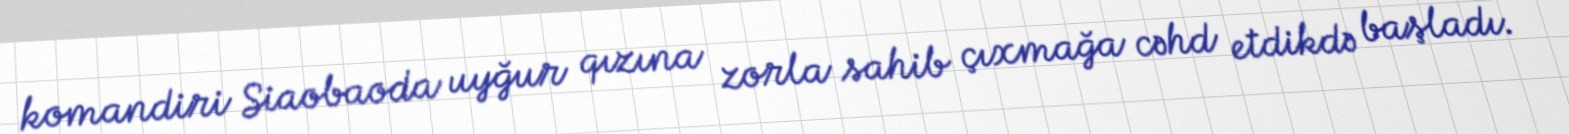
komandiri Siaobaoda uyğur qızına zorla sahib çıxmağa cəhd etdikdə başladı.